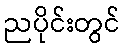
ညပိုင်းတွင်